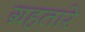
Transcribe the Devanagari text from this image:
ग्रहतारे